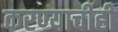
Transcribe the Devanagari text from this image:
करण्‍याचीही